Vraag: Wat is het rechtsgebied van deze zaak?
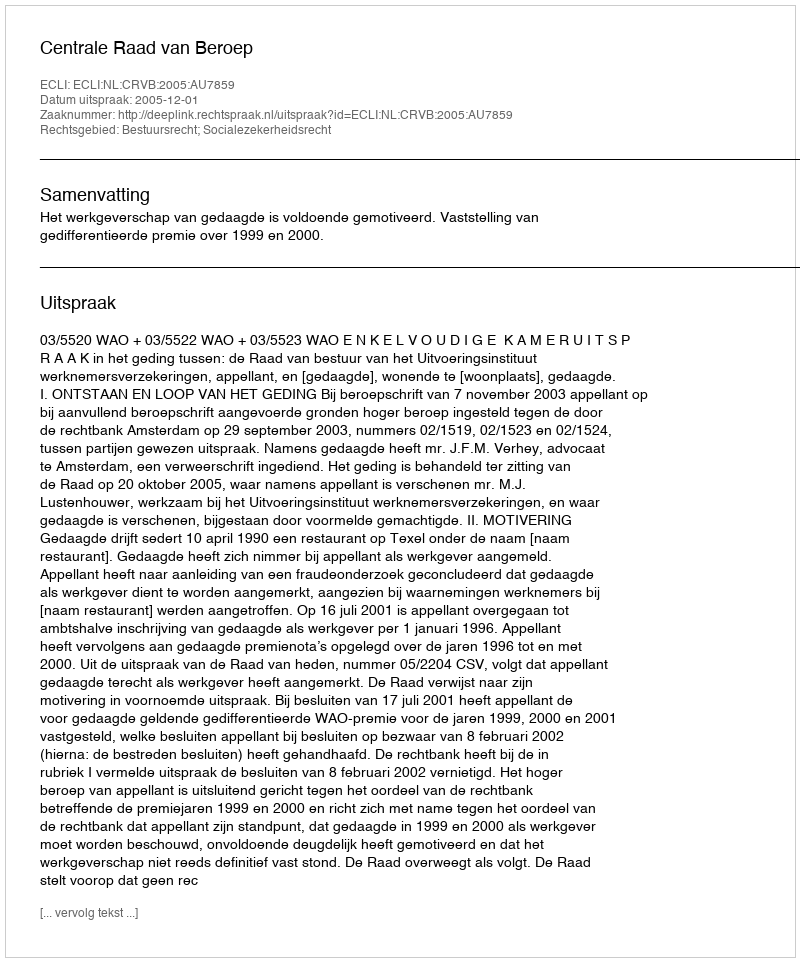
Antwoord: Bestuursrecht; Socialezekerheidsrecht